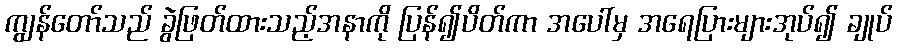
ကျွန်တော်သည် ခွဲဖြတ်ထားသည့်အနာကို ပြန်၍ပိတ်ကာ အပေါ်မှ အရေပြားများအုပ်၍ ချုပ်